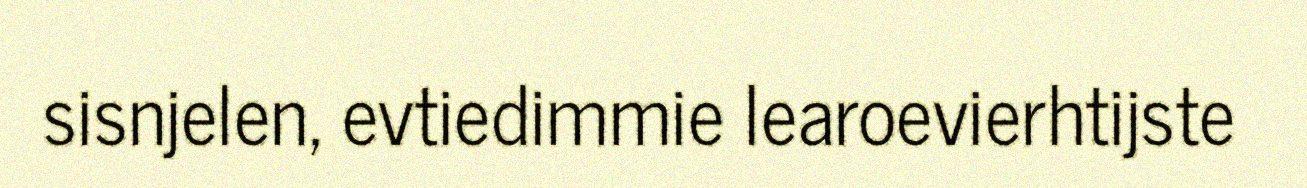
sisnjelen, evtiedimmie learoevierhtijste